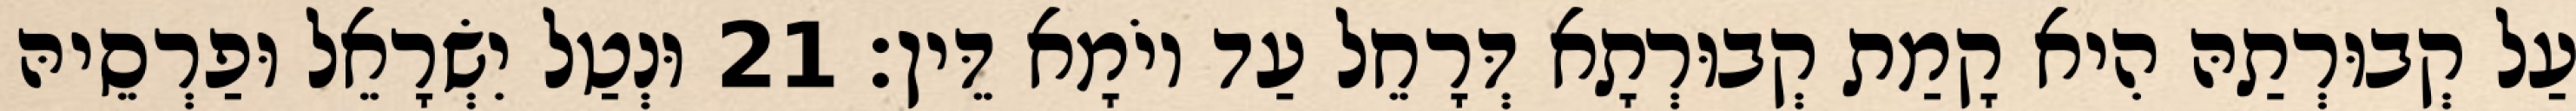
עַל קְבוּרְתַהּ הִיא קָמַת קְבוּרְתָא דְּרָחֵל עַד יוֹמָא דֵּין׃ 21 וּנְטַל יִשְׂרָאֵל וּפַרְסֵיהּ